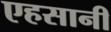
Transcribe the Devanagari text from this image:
एहसानी